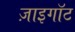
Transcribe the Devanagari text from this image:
ज़ाइगॉट